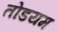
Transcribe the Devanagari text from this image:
तोडयम